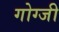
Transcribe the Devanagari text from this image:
गोग्जी